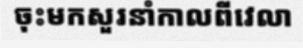
ចុះមកសួរនាំកាលពីវេលា